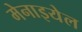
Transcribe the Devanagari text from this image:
मेनाइयेल